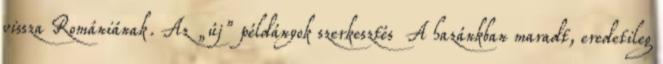
vissza Romániának. Az „új” példányok szerkesztés A hazánkban maradt, eredetileg